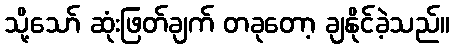
သို့သော် ဆုံးဖြတ်ချက် တခုတော့ ချနိုင်ခဲ့သည်။